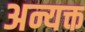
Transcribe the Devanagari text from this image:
अन्यक्त